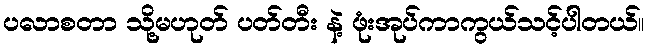
ပလာစတာ သို့မဟုတ် ပတ်တီး နဲ့ ဖုံးအုပ်ကာကွယ်သင့်ပါတယ်။